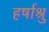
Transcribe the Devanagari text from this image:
हर्षाश्रु